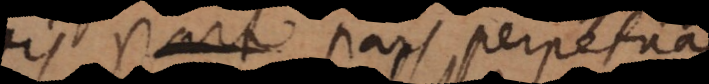
quaevis part pars perpetuas